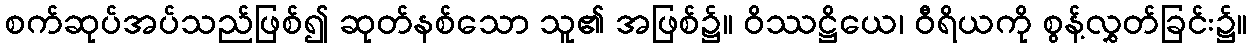
စက်ဆုပ်အပ်သည်ဖြစ်၍ ဆုတ်နစ်သော သူ၏ အဖြစ်၌။ ဝိဿဋ္ဌိယေ၊ ဝီရိယကို စွန့်လွှတ်ခြင်း၌။